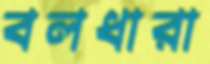
বলধারা